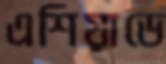
এশিয়াডে